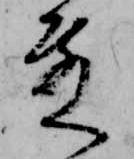
殿